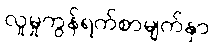
လူမှုကွန်ရက်စာမျက်နှာ